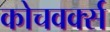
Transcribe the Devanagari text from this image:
कोचवर्क्स